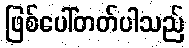
ဖြစ်ပေါ်တတ်ပါသည်